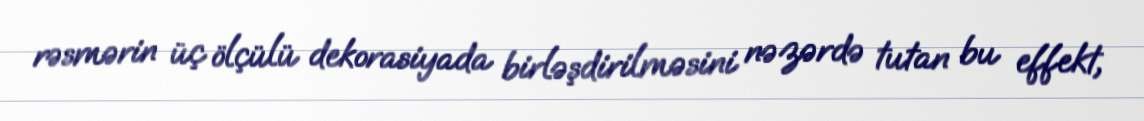
rəsmərin üç ölçülü dekorasiyada birləşdirilməsini nəzərdə tutan bu effekt,